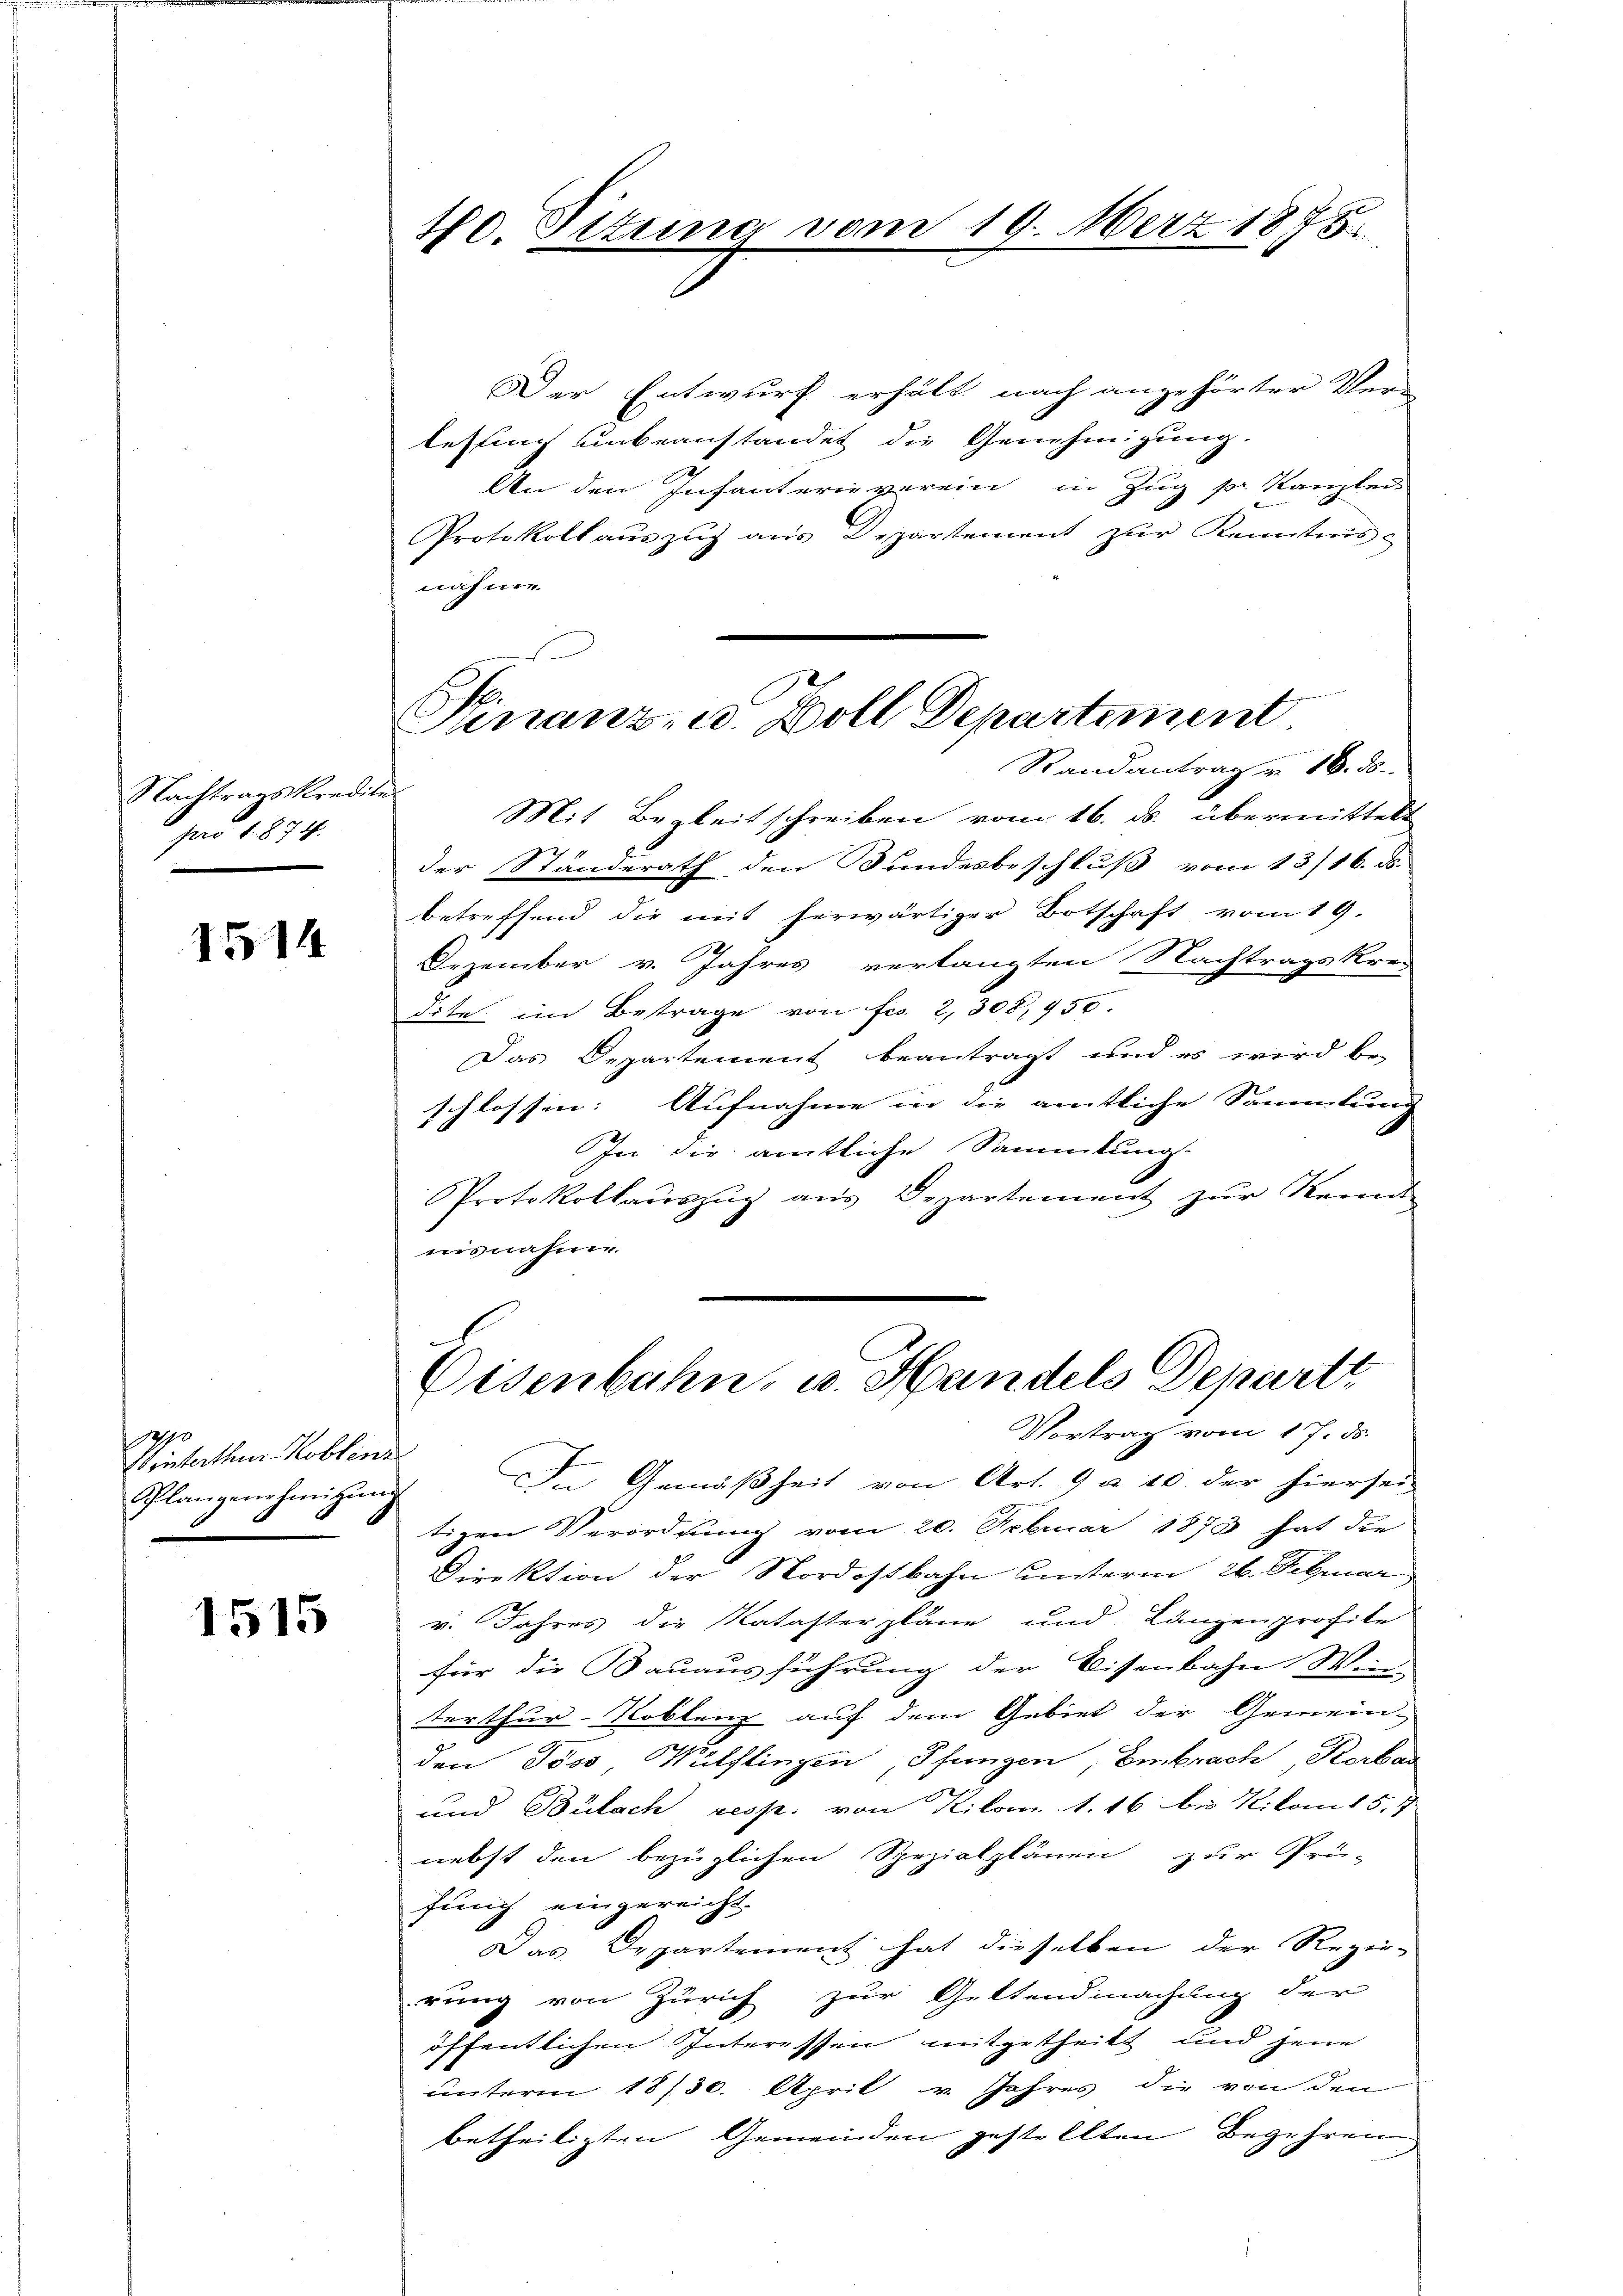
Nachtragskredit.
pro 1874.

1514

270
Wrinterthur Koblin
Splangenehmigŭng

1515

40. Sizung vom 19. März 1875

Hinanz- u. Doll Departement
Randantrag v. 16. ds.

Der Entwurf erhält nach angehörter Ver-
lesung unbeanstandet die Genehmigung.
An den Infanterieverein in Zug pr. Kanzlei-
Protokoll auszug aus Departement zur Kenntnis
nahme.
.
Mit Begleitschreiben vom 16. ds. übermittelt
der Standerath den Bundesbeschluß vom 13/16. ds.
betreffend die mit herwärtiger Botschaft vom 19.
Dezember v. Jahres verlangten Nachtragskrei
dite im Betrage von Fr. 2, 308,950.
Das Departement beantragt und es wird be-
schlossen: Aufnahme in die amtliche Sammlung
In die amtliche Sammlung.
Protokollauszug aus Departement zur Kennt
isnahme.
.
Eisenbahn, u. Handels Departe
Vortrag vom 17. ds.
In Gemäßheit von Art. 9 à 10 der hiersei
tigen Verordnung vom 20. Februar 1873 hat die
Direktion der Nordostbahn unterm 26. Februar
v. Jahres die Katasterpläne und Längenprofite
für die Bauausführung der Eisenbahn Win
terthur Toblenz auf dem Gebiet der Gemein-
den Poss Wülflingen, Pfungen, Embrach, Rorba
und Bülach resp. von Kilom 1. 16 bei Kilon 15. 4
nebst den bezüglichen Spezialplänen zur Prü-
fung eingereicht.
 Departement hat dieselben der Regie-
rung von Zürich zur Geltendmachung der
öffentlichen Interessen mitgetheilt und jene
unterm 18/30. April v. Jahres die von den
betheiligten Gemeinden gestellten Begehren